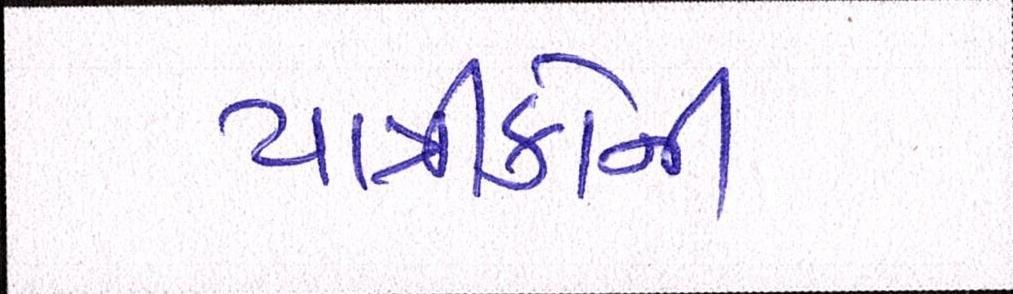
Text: યાત્રીકોની